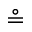
\circeq